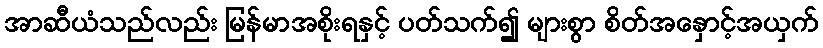
အာဆီယံသည်လည်း မြန်မာအစိုးရနှင့် ပတ်သက်၍ များစွာ စိတ်အနှောင့်အယှက်